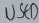
Text: USED